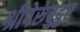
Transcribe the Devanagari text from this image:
श्रीपेरुंबुदुर